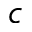
c